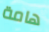
هامة